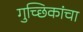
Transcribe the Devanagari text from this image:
गुच्छिकांचा